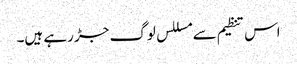
اس تنظیم سے مسللس لوگ جڑ رہے ہیں۔